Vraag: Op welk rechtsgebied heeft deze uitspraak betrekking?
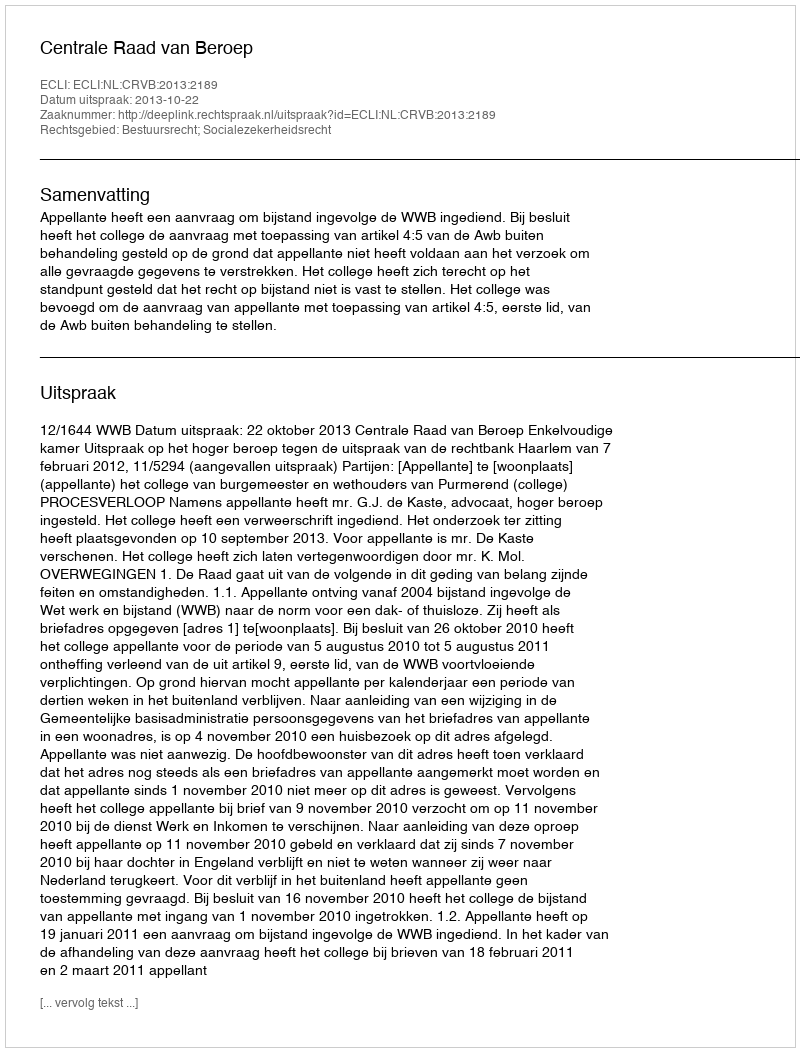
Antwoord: Bestuursrecht; Socialezekerheidsrecht